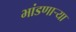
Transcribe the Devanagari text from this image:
भांडणाऱ्या